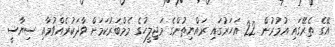
އޭގެ ތެރޭގައި އުމުރުން 22 އަހަރުގައި ރައްޔިތުންގެ މަޖިލީހުގެ މެމްބަރުކަމަށް ވާދަކުރެއްވުމާއި ސިޔާސީ